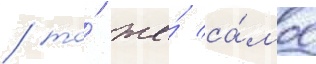
/ то́ же́ са́мое